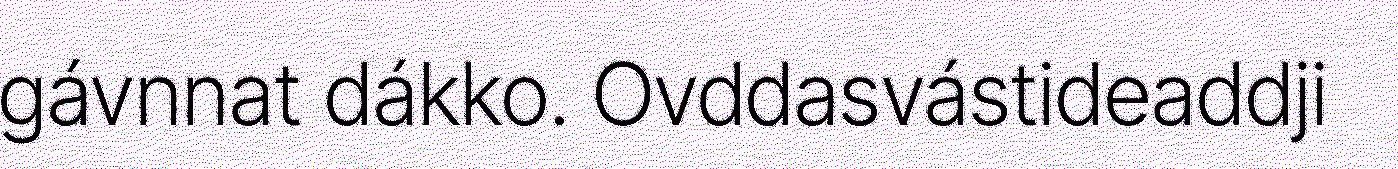
gávnnat dákko. Ovddasvástideaddji